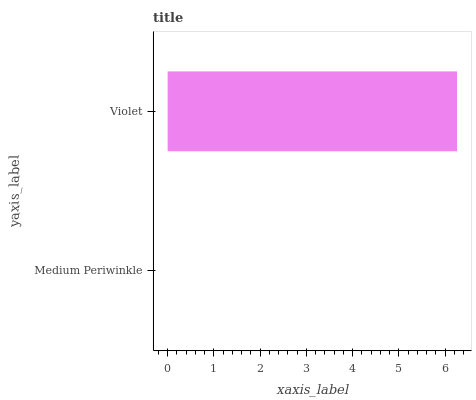
| yaxis_label | bars |
 | --- | --- |
 | Medium Periwinkle | 0 |
 | Violet | 6.26 |